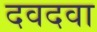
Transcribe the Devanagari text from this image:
दवदवा